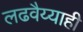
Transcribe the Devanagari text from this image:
लढवैय्याही